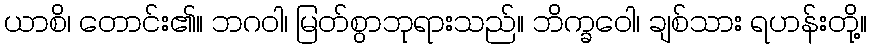
ယာစိ၊ တောင်း၏။ ဘဂဝါ၊ မြတ်စွာဘုရားသည်။ ဘိက္ခဝေါ၊ ချစ်သား ရဟန်းတို့။